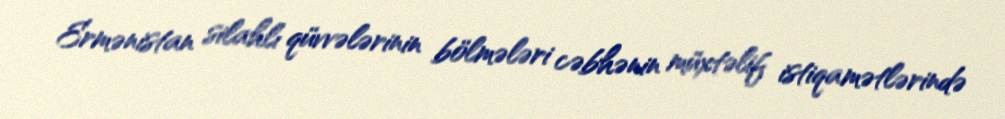
Ermənistan silahlı qüvvələrinin bölmələri cəbhənin müxtəlif istiqamətlərində